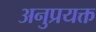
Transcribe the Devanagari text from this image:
अनुप्रयक्त